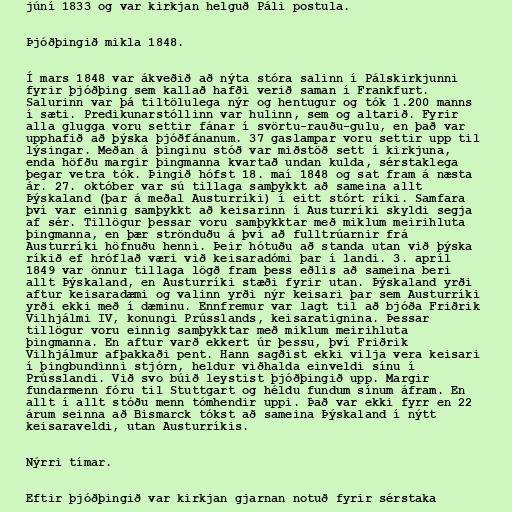
júní 1833 og var kirkjan helguð Páli postula.

Þjóðþingið mikla 1848.

Í mars 1848 var ákveðið að nýta stóra salinn í Pálskirkjunni
fyrir þjóðþing sem kallað hafði verið saman í Frankfurt.
Salurinn var þá tiltölulega nýr og hentugur og tók 1.200 manns
í sæti. Predikunarstóllinn var hulinn, sem og altarið. Fyrir
alla glugga voru settir fánar í svörtu-rauðu-gulu, en það var
upphafið að þýska þjóðfánanum. 37 gaslampar voru settir upp til
lýsingar. Meðan á þinginu stóð var miðstöð sett í kirkjuna,
enda höfðu margir þingmanna kvartað undan kulda, sérstaklega
þegar vetra tók. Þingið hófst 18. maí 1848 og sat fram á næsta
ár. 27. október var sú tillaga samþykkt að sameina allt
Þýskaland (þar á meðal Austurríki) í eitt stórt ríki. Samfara
því var einnig samþykkt að keisarinn í Austurríki skyldi segja
af sér. Tillögur þessar voru samþykktar með miklum meirihluta
þingmanna, en þær strönduðu á því að fulltrúarnir frá
Austurríki höfnuðu henni. Þeir hótuðu að standa utan við þýska
ríkið ef hróflað væri við keisaradómi þar í landi. 3. apríl
1849 var önnur tillaga lögð fram þess eðlis að sameina beri
allt Þýskaland, en Austurríki stæði fyrir utan. Þýskaland yrði
aftur keisaradæmi og valinn yrði nýr keisari þar sem Austurríki
yrði ekki með í dæminu. Ennfremur var lagt til að bjóða Friðrik
Vilhjálmi IV, konungi Prússlands, keisaratignina. Þessar
tillögur voru einnig samþykktar með miklum meirihluta
þingmanna. En aftur varð ekkert úr þessu, því Friðrik
Vilhjálmur afþakkaði pent. Hann sagðist ekki vilja vera keisari
í þingbundinni stjórn, heldur viðhalda einveldi sínu í
Prússlandi. Við svo búið leystist þjóðþingið upp. Margir
fundarmenn fóru til Stuttgart og héldu fundum sínum áfram. En
allt í allt stóðu menn tómhendir uppi. Það var ekki fyrr en 22
árum seinna að Bismarck tókst að sameina Þýskaland í nýtt
keisaraveldi, utan Austurríkis.

Nýrri tímar.

Eftir þjóðþingið var kirkjan gjarnan notuð fyrir sérstaka